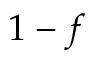
1 - f